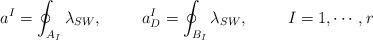
LaTeX: \begin{align*}a^{I}=\oint_{A_{I}}\lambda_{SW}, \hskip10mm a_{D}^{I}=\oint_{B_{I}}\lambda_{SW}, \hskip10mm I=1, \cdots , r\end{align*}